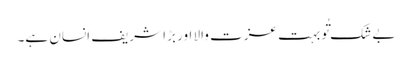
بے شک تُو بہت عزت والا اور بڑا شریف انسان ہے۔